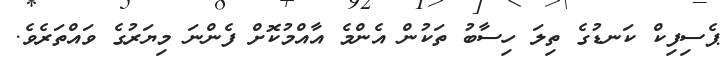
ޕެސިފިކް ކަނޑުގެ ތިލަ ހިސާބު ތަކުން އެންމެ އާއްމުކޮށް ފެންނަ މިޔަރުގެ ވައްތަރެވެ.